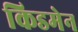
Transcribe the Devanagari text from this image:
किडमेन